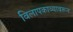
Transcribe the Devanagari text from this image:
विलापकाव्यावरून